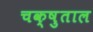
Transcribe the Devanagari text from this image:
चक्षुताल